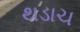
થડાચ